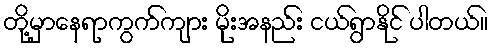
တို့မှာနေရာကွက်ကျား မိုးအနည်း ငယ်ရွာနိုင် ပါတယ်။